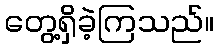
တွေ့ရှိခဲ့ကြသည်။